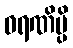
ဓရဏိမ္ပိ